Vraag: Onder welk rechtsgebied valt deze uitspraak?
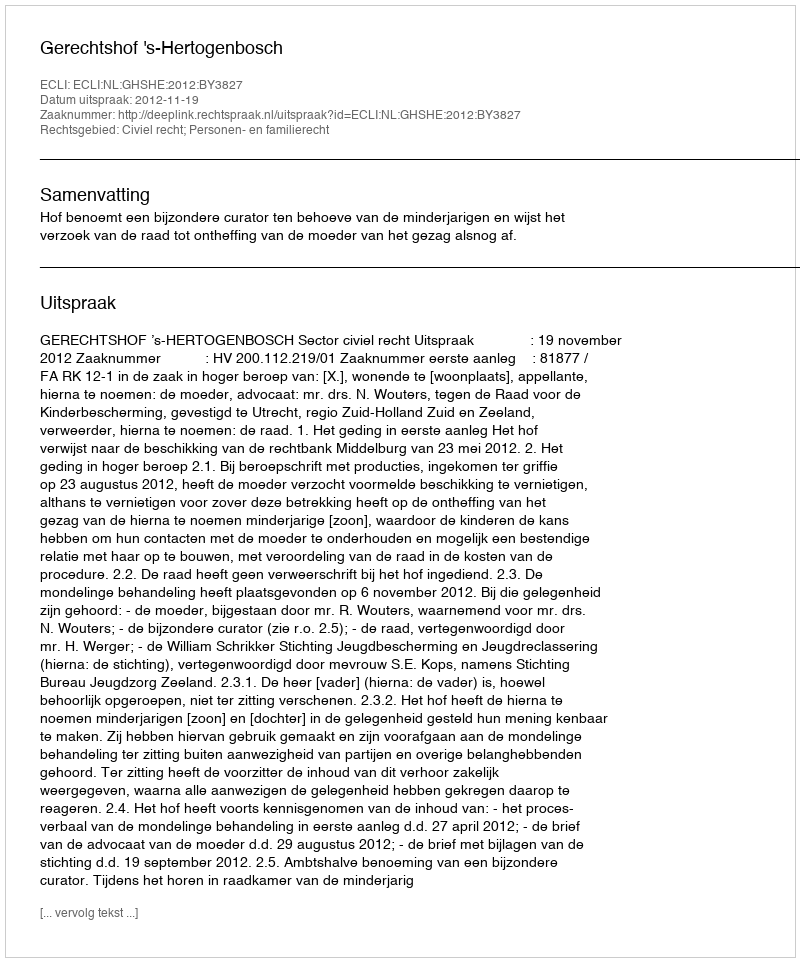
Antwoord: Civiel recht; Personen- en familierecht